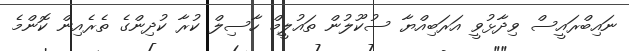
ނައިބްރައީސް ވިދާޅުވީ އަރަބިއްޔާ ސުކޫލުން ތައުލީމް ހާސިލް ކުރާ ކުދިންގެ ތެރެއިން ކޮންމެ